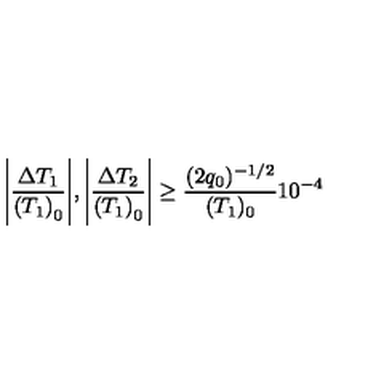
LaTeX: \Biggl | \frac { \Delta T _ { 1 } } { { ( T _ { 1 } ) } _ { 0 } } \Biggr | , \Biggl | \frac { \Delta T _ { 2 } } { { ( T _ { 1 } ) } _ { 0 } } \Biggr | \geq \frac { ( 2 q _ { 0 } ) ^ { - 1 / 2 } } { ( T _ { 1 } ) _ { 0 } } 1 0 ^ { - 4 }